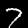
Label: 7